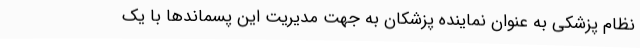
نظام پزشکی به عنوان نماینده پزشکان به جهت مدیریت این پسماندها با یک